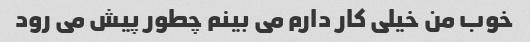
خوب من خیلی کار دارم می بینم چطور پیش می رود